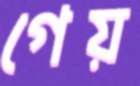
গেয়